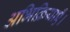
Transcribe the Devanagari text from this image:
अभिक्रियाएँ।